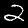
Digit: 2